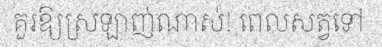
គួរឱ្យស្រឡាញ់ណាស់! ពេលសត្វទៅ